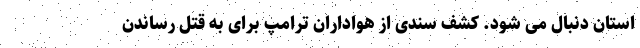
استان دنبال می شود. کشف سندی از هواداران ترامپ برای به قتل رساندن